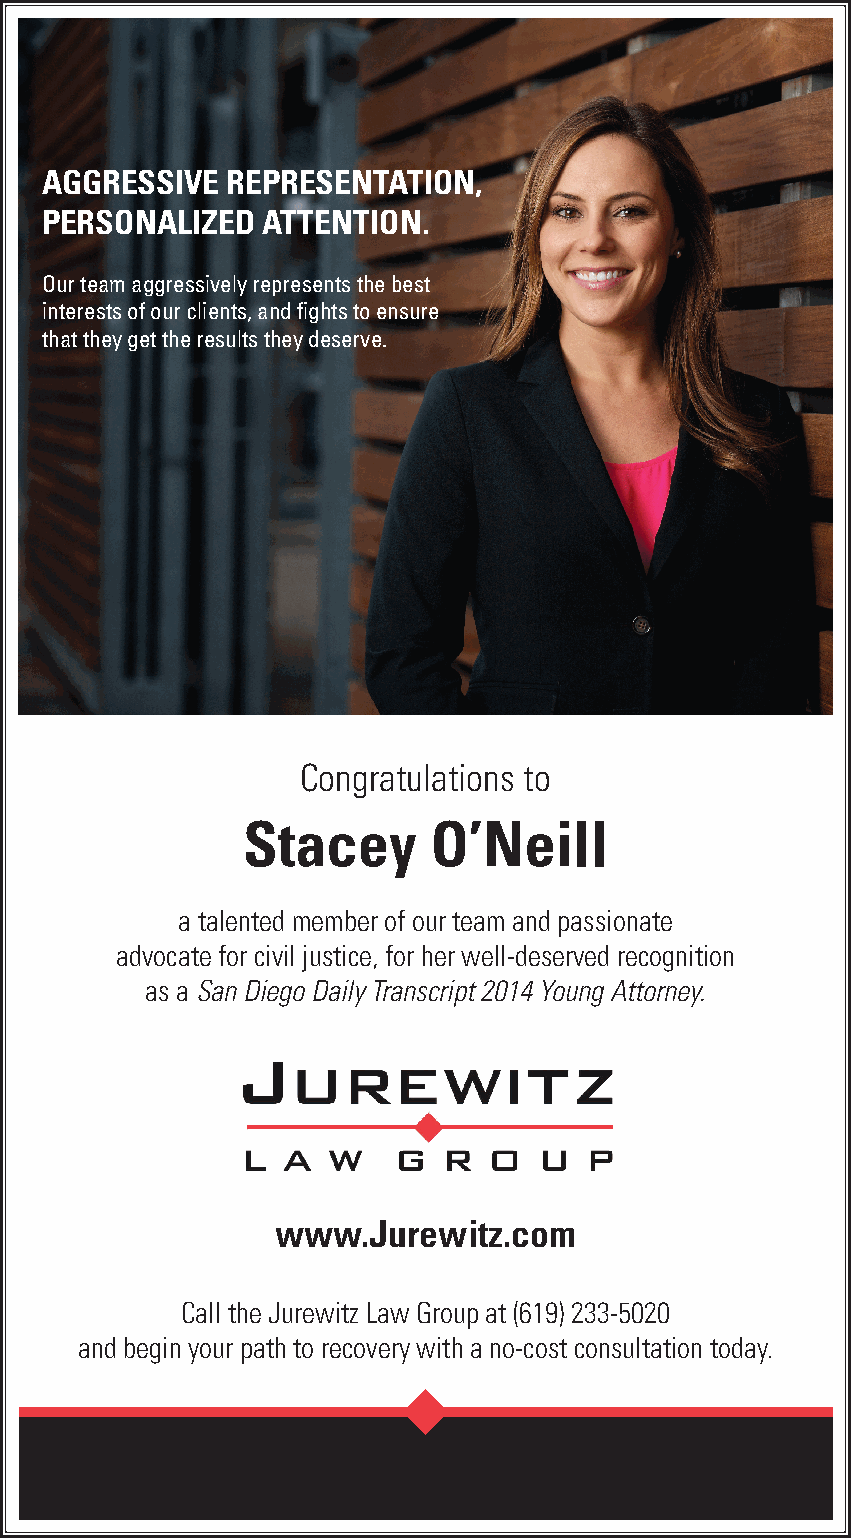
AGGRESSIVE  REPRESENTATION,
 PERSONALIZED  ATTENTION.
 Our team aggressively represents the best
 interests of our clients, and fights to ensure
 that they get the results they deserve.
 Congratulations to
 Stacey      O’Neill
 a talented member of our team and passionate
 advocate for civil justice, for her well-deserved recognition
 as a San Diego Daily Transcript 2014 Young Attorney.
 www.Jurewitz.com
 Call the Jurewitz Law Group at (619) 233-5020
 and begin your path to recovery with a no-cost consultation today.